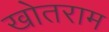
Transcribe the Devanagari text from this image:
खोतराम